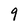
Character: 9